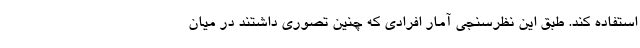
استفاده کند. طبق این نظرسنجی آمار افرادی که چنین تصوری داشتند در میان